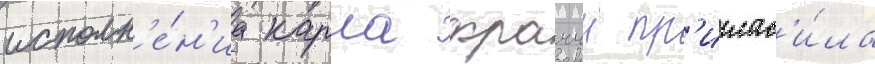
исполн'е́н'иа карла фраччи пр'иглас'и́ла